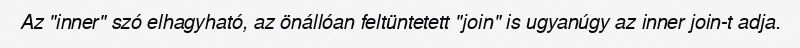
Az "inner" szó elhagyható, az önállóan feltüntetett "join" is ugyanúgy az inner join-t adja.